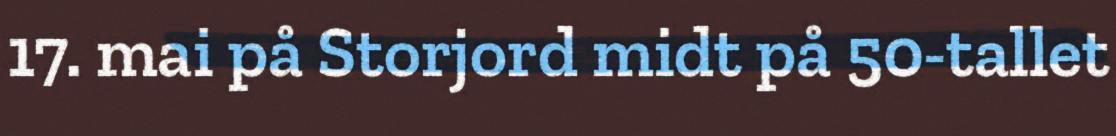
17. mai på Storjord midt på 50-tallet